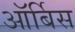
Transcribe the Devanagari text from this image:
ऑर्बिस